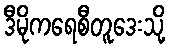
ဒီမိုကရေစီတူဒေးသို့